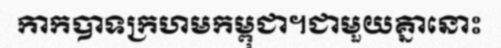
កាកបាទក្រហមកម្ពុជា។ជាមួយគ្នានោះ